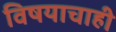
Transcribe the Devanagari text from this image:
विषयाचाही